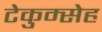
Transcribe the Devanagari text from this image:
टेकुम्सेह